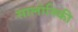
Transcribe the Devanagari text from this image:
सालोनिकी